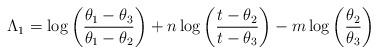
LaTeX: \begin{align*} \Lambda_1=\log \left( \frac{\theta_1-\theta_3}{\theta_1-\theta_2} \right) +n \log \left( \frac{t-\theta_2}{t-\theta_3} \right)-m \log \left( \frac{\theta_2}{\theta_3} \right)\end{align*}